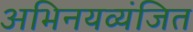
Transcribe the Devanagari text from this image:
अभिनयव्यंजित